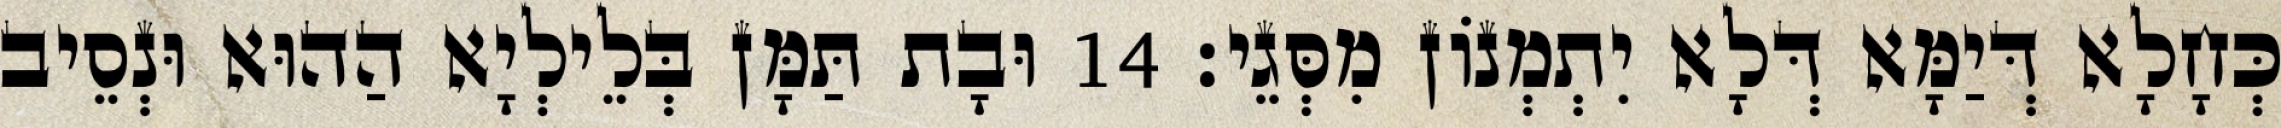
כְּחָלָא דְּיַמָּא דְּלָא יִתְמְנוֹן מִסְּגֵי׃ 14 וּבָת תַּמָּן בְּלֵילְיָא הַהוּא וּנְסֵיב